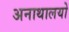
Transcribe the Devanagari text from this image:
अनाथालयो